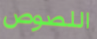
اللصوص